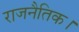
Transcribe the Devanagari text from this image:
राजनैतिक।